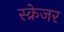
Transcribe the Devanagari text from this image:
स्क्रेजर